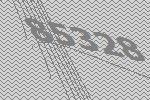
85328